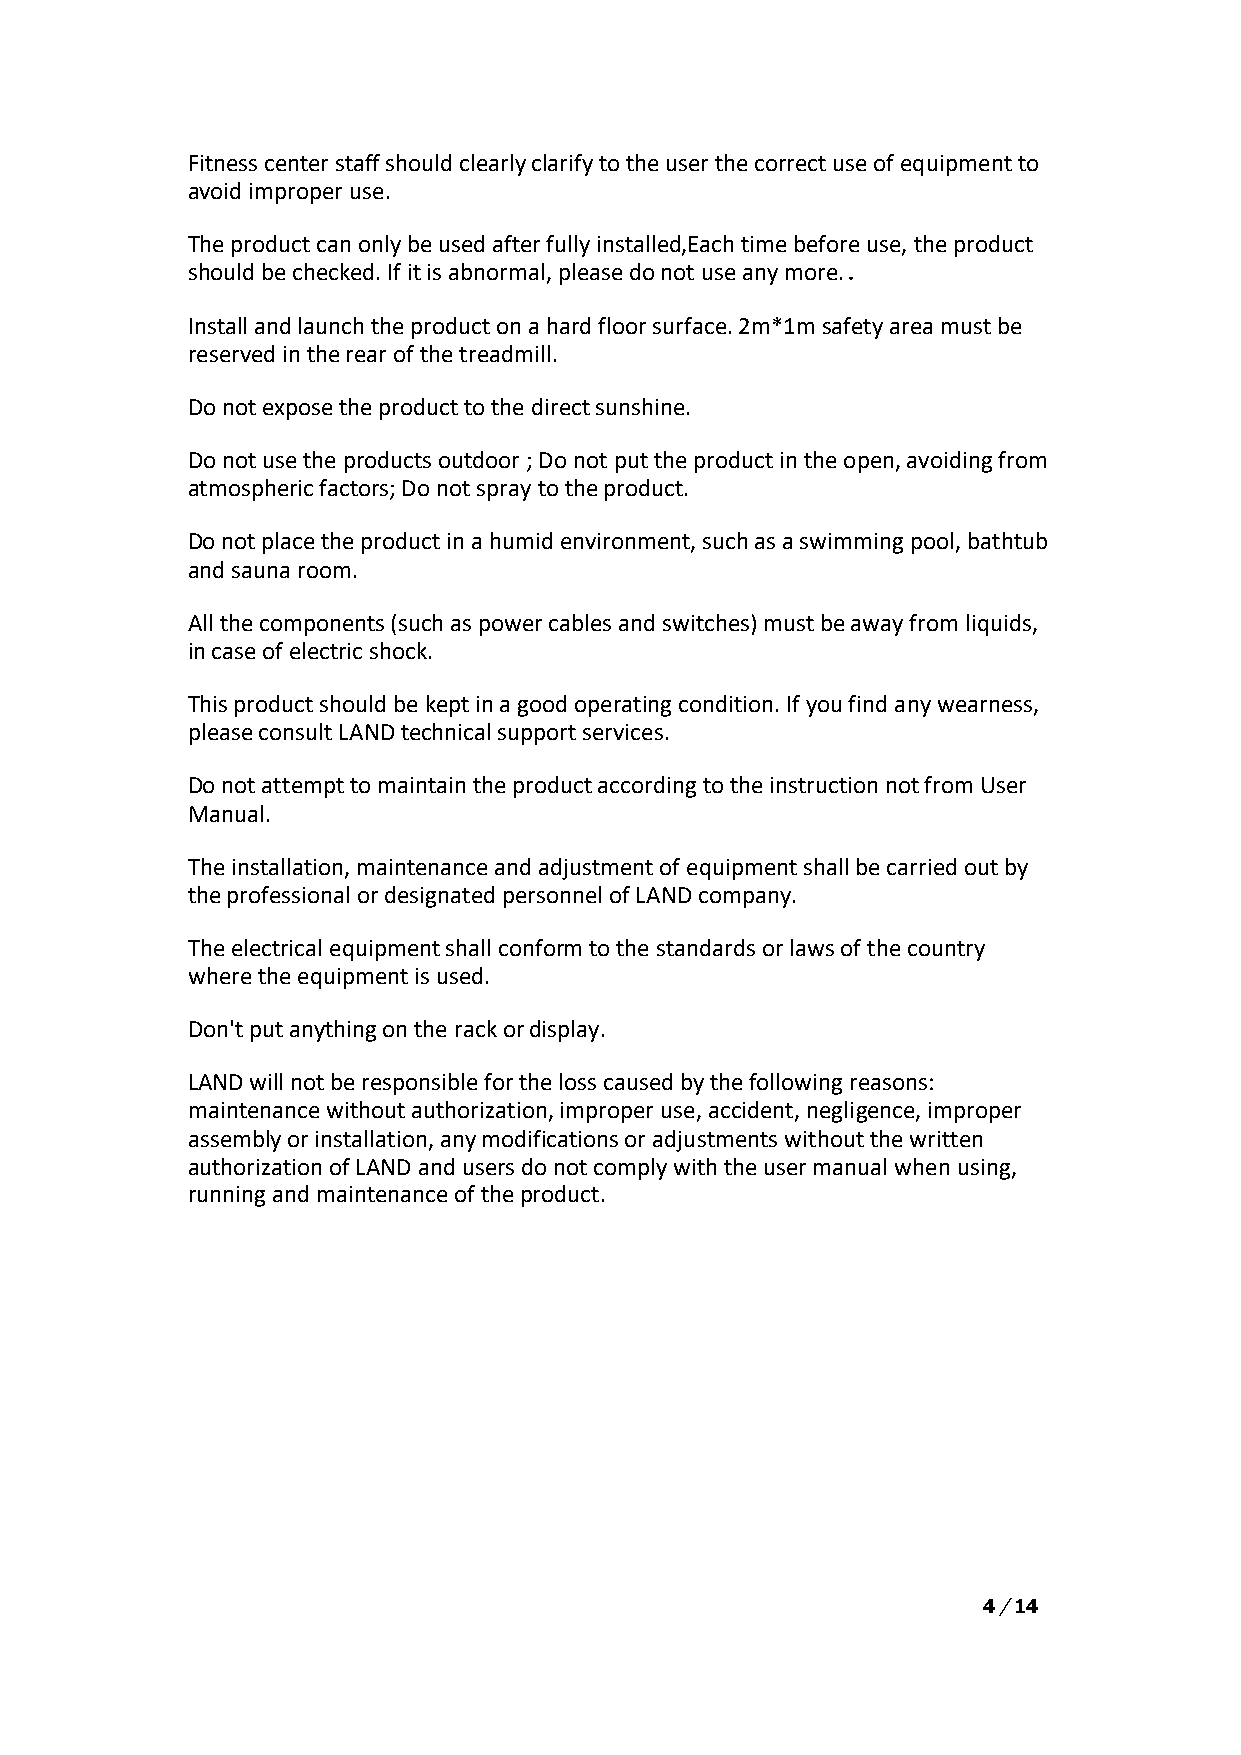
Fitness center staff should clearly clarify to the user the correct use of equipment to
 avoid improper use.
 The product can only be used after fully installed,Each time before use, the product
 should be checked. If it is abnormal, please do not use any more.．
 Install and launch the product on a hard floor surface. 2m*1m safety area must be
 reserved in the rear of the treadmill.
 Do not expose the product to the direct sunshine.
 Do not use the products outdoor ; Do not put the product in the open, avoiding from
 atmospheric factors; Do not spray to the product.
 Do not place the product in a humid environment, such as a swimming pool, bathtub
 and sauna room.
 All the components (such as power cables and switches) must be away from liquids,
 in case of electric shock.
 This product should be kept in a good operating condition. If you find any wearness,
 please consult LAND technical support services.
 Do not attempt to maintain the product according to the instruction not from User
 Manual.
 The installation, maintenance and adjustment of equipment shall be carried out by
 the professional or designated personnel of LAND company.
 The electrical equipment shall conform to the standards or laws of the country
 where the equipment is used.
 Don't put anything on the rack or display.
 LAND will not be responsible for the loss caused by the following reasons:
 maintenance without authorization, improper use, accident, negligence, improper
 assembly or installation, any modifications or adjustments without the written
 authorization of LAND and users do not comply with the user manual when using,
 running and maintenance of the product.
 4 / 14